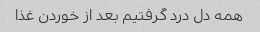
همه دل درد گرفتیم بعد از خوردن غذا